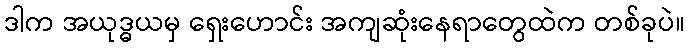
ဒါက အယုဒ္ဓယမှ ရှေးဟောင်း အကျဆုံးနေရာတွေထဲက တစ်ခုပဲ။